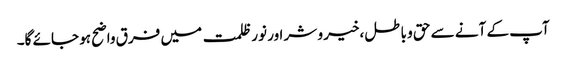
آپ کے آنے سے حق و باطل،خیر و شر اور نور ظلمت میں فرق واضح ہو جائے گا۔